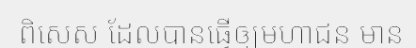
ពិសេស ដែលបានធ្វើឲ្យមហាជន មាន